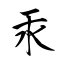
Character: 汞